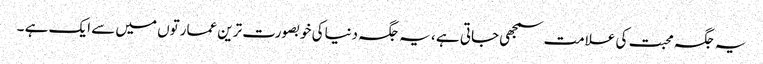
یہ جگہ محبت کی علامت سمجھی جاتی ہے ، یہ جگہ دنیاکی خوبصورت ترین عمارتوں میں سے ایک ہے ۔